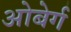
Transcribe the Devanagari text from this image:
ओबेर्ग